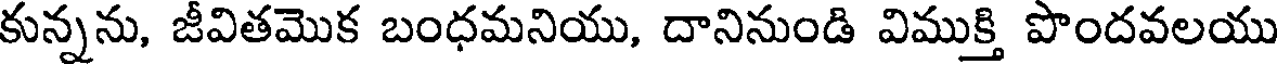
కున్నను, జీవితమొక బంధమనియు, దానినుండి విముక్తి పొందవలయు